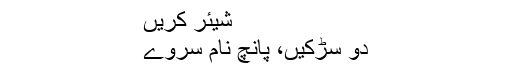
شیئر کریں
دو سڑکیں، پانچ نام سروے